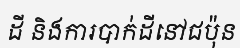
ដី និងការបាក់ដីនៅជប៉ុន